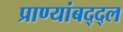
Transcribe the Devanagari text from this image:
प्राण्यांबद्द्ल